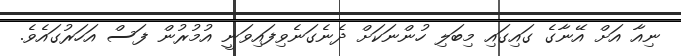
ނިއާ އަށް އޭނާގެ ގައިގައި މިބަލި ހުންނަކަށް ދެނެގަނެވިފައިވަނީ އުމުރުން ފަސް އަހަރުގައެވެ.